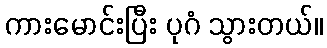
ကားမောင်းပြီး ပုဂံ သွားတယ်။